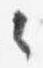
々